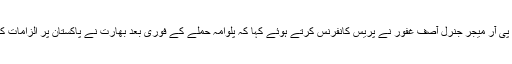
ڈی جی آئی ایس پی آر میجر جنرل آصف غفور نے پریس کانفرنس کرتے ہوئے کہا کہ پلوامہ حملے کے فوری بعد بھارت نے پاکستان پر الزامات کی بارش کر دی۔